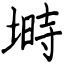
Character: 塒